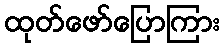
ထုတ်ဖော်ပြောကြား